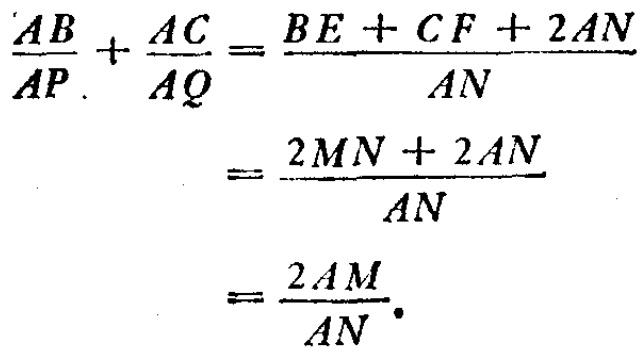
\[

\begin{align*}

\frac{AB}{AP}+\frac{AC}{AQ}&=\frac{BE + CF + 2AN}{AN}\\

&=\frac{2MN + 2AN}{AN}\\

&=\frac{2AM}{AN}.

\end{align*}

\]